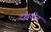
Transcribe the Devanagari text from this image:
दखवीन